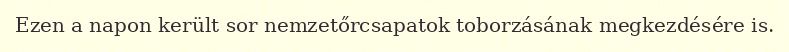
Ezen a napon került sor nemzetőrcsapatok toborzásának megkezdésére is.